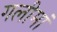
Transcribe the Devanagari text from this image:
गलीमां